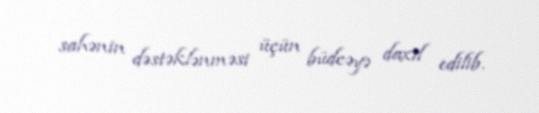
sahənin dəstəklənməsi üçün büdcəyə daxil edilib.